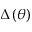
\Delta \left( \theta \right)